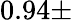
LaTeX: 0.94\pm